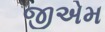
જીએમ